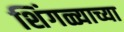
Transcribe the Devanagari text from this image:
शिंगळ्याच्या